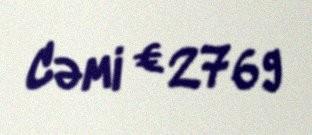
Cəmi € 2769